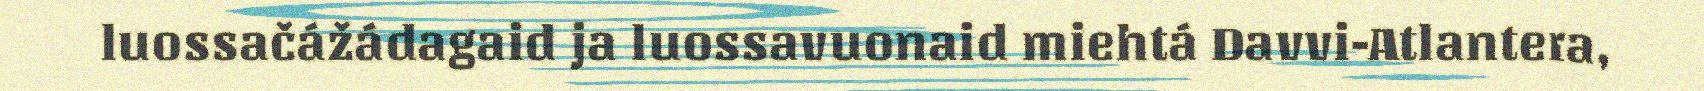
luossačážádagaid ja luossavuonaid miehtá Davvi-Atlantera,